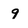
Character: 9